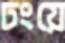
ঢংয়ে